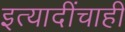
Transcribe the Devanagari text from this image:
इत्यादींचाही